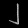
Digit: ၂